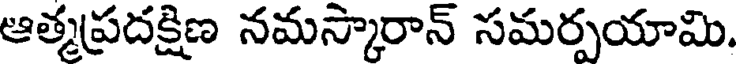
ఆత్మప్రదక్షిణ నమస్కారాన్ సమర్పయామి.